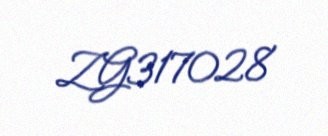
ZG317028